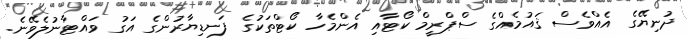
ދުނިޔޭގެ އެއްވެސް ޤައުމެއްގެ ސްޕްރީމް ކޯޓާއި އެންމެހާ ކޯޓްތަކުގެ ފަނޑިޔާރުންގެ އަގު ވައްޓާނުލެވޭނެ.